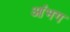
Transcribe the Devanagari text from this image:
आंभग